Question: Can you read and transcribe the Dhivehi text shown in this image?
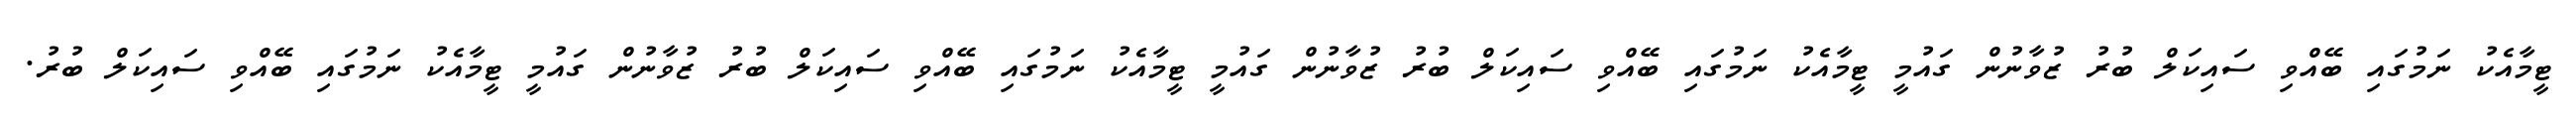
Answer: ޓީމާއެކު ނަމުގައި ބޭއްވި ސައިކަލް ބުރު ޒުވާނުން ގައުމީ ޓީމާއެކު ނަމުގައި ބޭއްވި ސައިކަލް ބުރު ޒުވާނުން ގައުމީ ޓީމާއެކު ނަމުގައި ބޭއްވި ސައިކަލް ބުރު ޒުވާނުން ގައުމީ ޓީމާއެކު ނަމުގައި ބޭއްވި ސައިކަލް ބުރު.